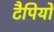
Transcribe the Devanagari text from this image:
टैपियो